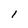
Character: 1